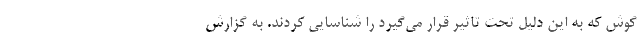
گوش که به این دلیل تحت تاثیر قرار می‌گیرد را شناسایی کردند. به گزارش